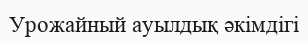
Урожайный ауылдық әкімдігі